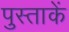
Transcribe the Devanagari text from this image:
पुस्ताकें